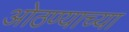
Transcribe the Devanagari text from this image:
ओठण्याच्या